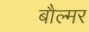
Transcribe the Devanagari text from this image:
बौल्मर